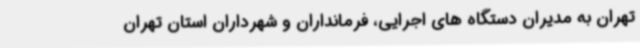
تهران به مدیران دستگاه های اجرایی، فرمانداران و شهرداران استان تهران